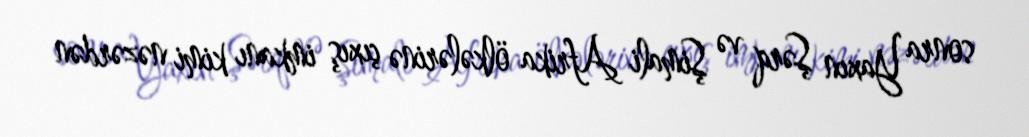
sonra Yaxın Şərq və Şimali Afrika ölkələrinə çıxış imkanı kimi nəzərdən